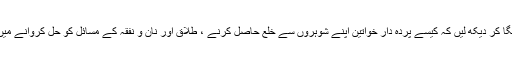
اگر آپ ایسی خواتین کی حالت زار کا اندازہ لگانا چاہتے ہیں تو کبھی فیملی کورٹس کا چکر لگا کر دیکھ لیں کہ کیسے پردہ دار خواتین اپنے شوہروں سے خلع حاصل کرنے ، طلاق اور نان و نفقہ کے مسائل کو حل کروانے میں نہ صرف سالوں ذلیل خوار ہوتی رہتی ہیں بلکہ مالی طور پر بھی بے جا زیر بار ہوتی ہیں۔